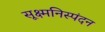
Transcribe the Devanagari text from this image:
सूक्ष्मनिस्पंदन